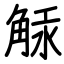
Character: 觨